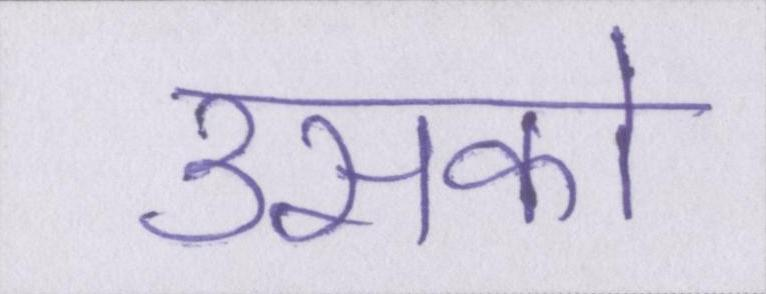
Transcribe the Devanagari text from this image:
उसको